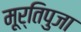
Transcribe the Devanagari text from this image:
मूर्तिपुजा